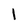
Character: 1